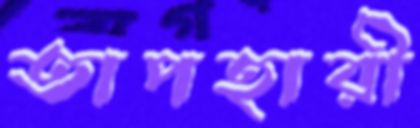
তাপহারী